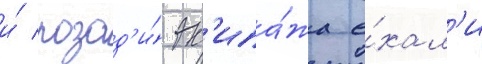
и́ позад'и́ эк'ипа́жа е́хал'и